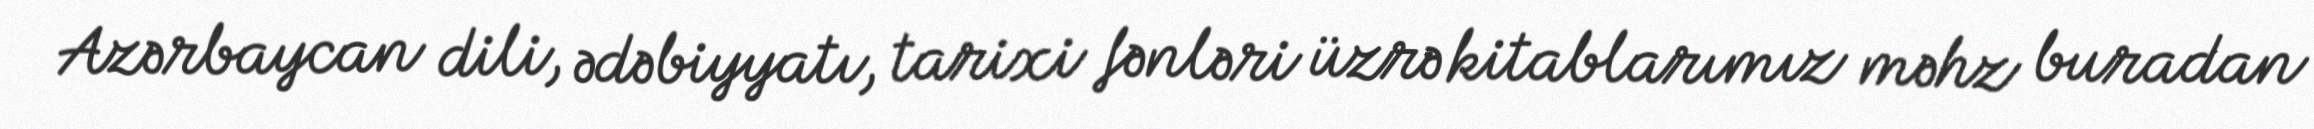
Azərbaycan dili, ədəbiyyatı, tarixi fənləri üzrə kitablarımız məhz buradan